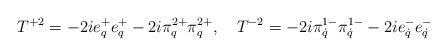
LaTeX: \begin{align*}T^{+2}=-2ie^{+}_{q}e^{+}_{q}-2i\pi^{2+}_{q}\pi^{2+}_{q},\quad T^{-2}=-2i\pi^{1-}_{\dot q}\pi^{1-}_{\dot q}-2ie^{-}_{\dot q}e^{-}_{\dot q}\end{align*}